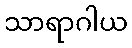
သာရာဂါယ